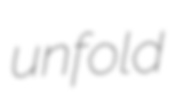
unfold